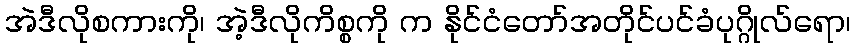
အဲဒီလိုစကားကို၊ အဲ့ဒီလိုကိစ္စကို က နိုင်ငံတော်အတိုင်ပင်ခံပုဂ္ဂိုလ်ရော၊